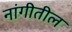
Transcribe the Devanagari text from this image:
नांगीतील